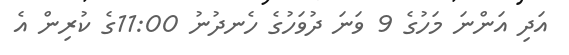
އަދި އަންނަ މަހުގެ 9 ވަނަ ދުވަހުގެ ހެނދުނު 11:00ގެ ކުރިން އެ